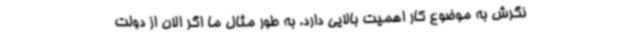
نگرش به موضوع کار اهمیت بالایی دارد. به طور مثال ما اگر الان از دولت